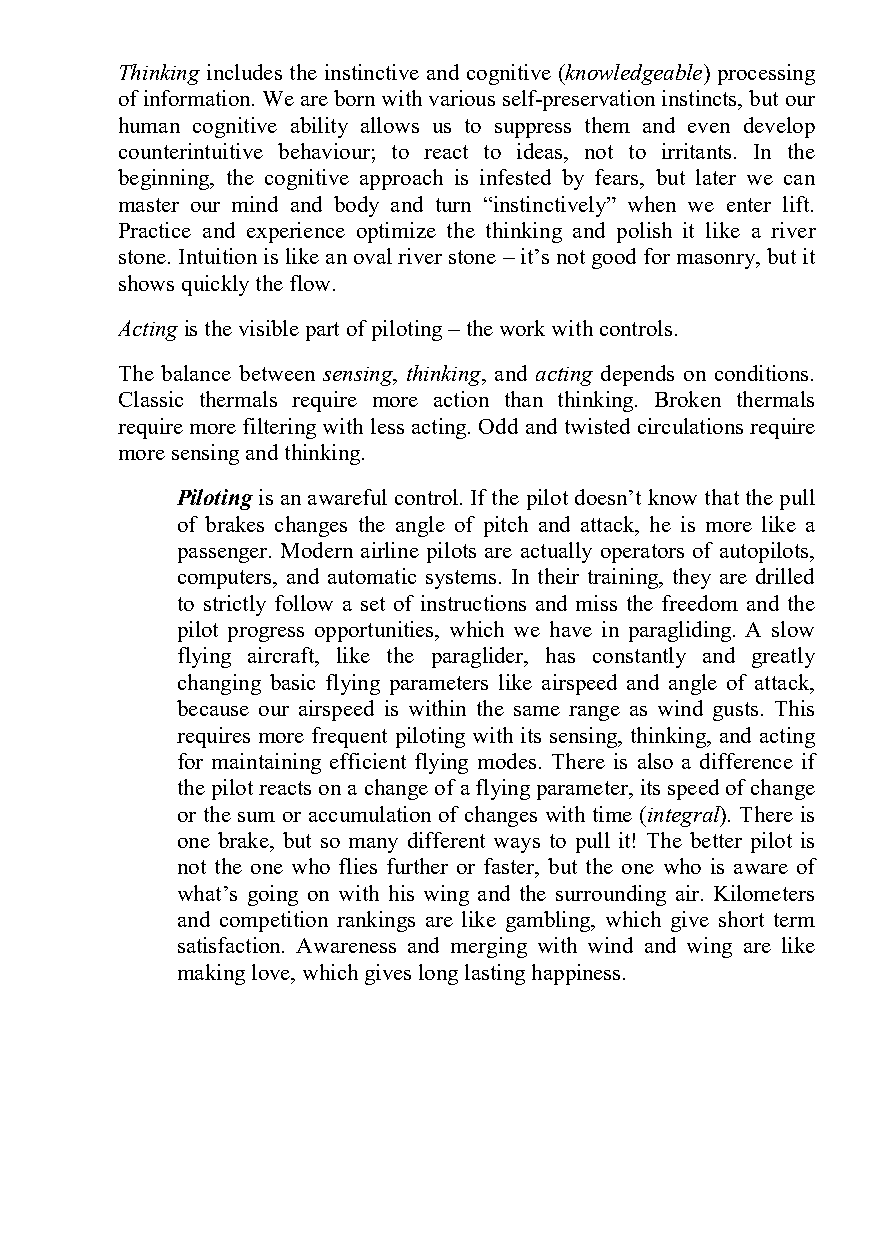
Thinking includes the instinctive and cognitive (knowledgeable) processing
 of information. We are born with various self-preservation instincts, but our
 human cognitive ability allows us to suppress them and even develop
 counterintuitive behaviour; to react to ideas, not to irritants. In the
 beginning, the cognitive approach is infested by fears, but later we can
 master our mind and body and turn “instinctively” when we enter lift.
 Practice and experience optimize the thinking and polish it like a river
 stone. Intuition is like an oval river stone – it’s not good for masonry, but it
 shows quickly the flow.
 Acting is the visible part of piloting – the work with controls.
 The balance between sensing, thinking, and acting depends on conditions.
 Classic thermals require more action than thinking. Broken thermals
 require more filtering with less acting. Odd and twisted circulations require
 more sensing and thinking.
 Piloting is an awareful control. If the pilot doesn’t know that the pull
 of brakes changes the angle of pitch and attack, he is more like a
 passenger. Modern airline pilots are actually operators of autopilots,
 computers, and automatic systems. In their training, they are drilled
 to strictly follow a set of instructions and miss the freedom and the
 pilot progress opportunities, which we have in paragliding. A slow
 flying aircraft, like the paraglider, has constantly and greatly
 changing basic flying parameters like airspeed and angle of attack,
 because our airspeed is within the same range as wind gusts. This
 requires more frequent piloting with its sensing, thinking, and acting
 for maintaining efficient flying modes. There is also a difference if
 the pilot reacts on a change of a flying parameter, its speed of change
 or the sum or accumulation of changes with time (integral). There is
 one brake, but so many different ways to pull it! The better pilot is
 not the one who flies further or faster, but the one who is aware of
 what’s going on with his wing and the surrounding air. Kilometers
 and competition rankings are like gambling, which give short term
 satisfaction. Awareness and merging with wind and wing are like
 making love, which gives long lasting happiness.